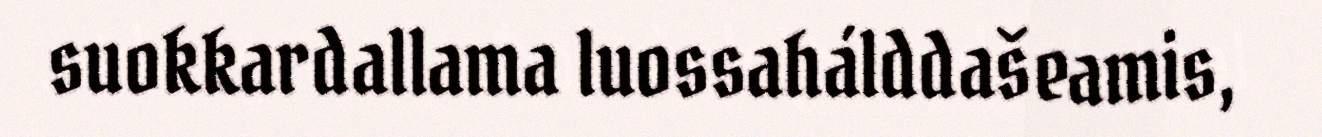
suokkardallama luossahálddašeamis,